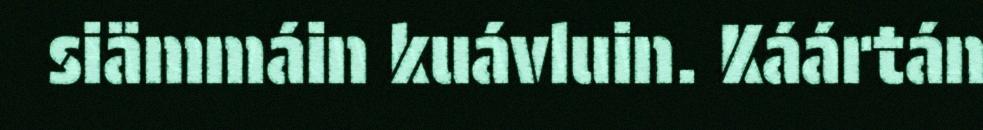
siämmáin kuávluin. Káártán